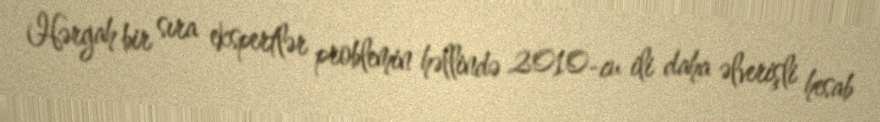
Hərgah bir sıra ekspertlər problemin həllində 2010-cu ili daha əlverişli hesab